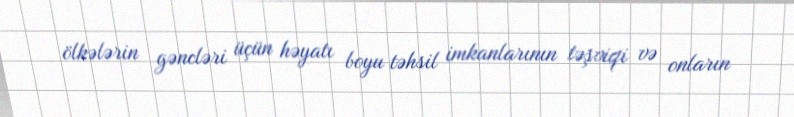
ölkələrin gəncləri üçün həyatı boyu təhsil imkanlarının təşviqi və onların